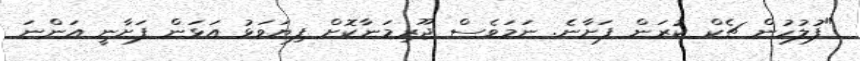
"ފުލުހުން ޗެކް ކުރަން ފަށާނެ. ނަމަވެސް ޖޫރިމަނާކޮށް ފިޔަވަޅު އަޅަން ފަށާނީ އަންނަ